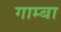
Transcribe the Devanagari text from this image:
गाम्बा